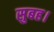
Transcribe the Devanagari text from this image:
सुबह।